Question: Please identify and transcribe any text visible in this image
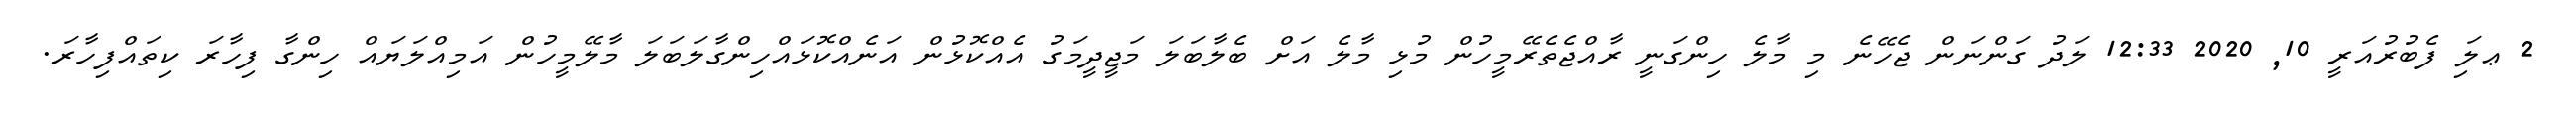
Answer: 2 ޢލަި ފެބުރުއަރީ 10, 2020 12:33 ލަދު ގަންނަން ޖެހޭނެ މި މާލެ ހިންގަނީ ރާއްޖެތެރޭމީހުން މުޅި މާލެ އަށް ބެލާބަލަ މަޖީދީމަގު އެއްކޮޅުން އަނެއްކޮޅައްހިންގާލަބަލަ މާލޭމީހުން އަމިއްލަޔައް ހިންގާ ފިހާރަ ކިތައްފިހާރަ.